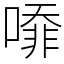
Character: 㗺